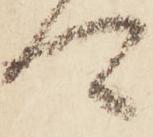
可